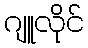
ဂျူလိုင်